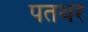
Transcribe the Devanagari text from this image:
पतथर